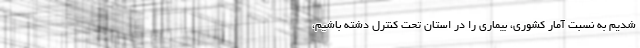
شدیم به نسبت آمار کشوری، بیماری را در استان تحت کنترل دشته باشیم،